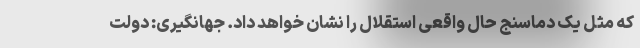
که مثل یک دماسنج حال واقعی استقلال را نشان خواهد داد. جهانگیری: دولت